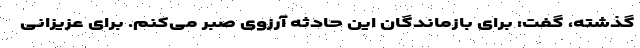
گذشته، گفت: برای بازماندگان این حادثه آرزوی صبر می‌کنم. برای عزیزانی